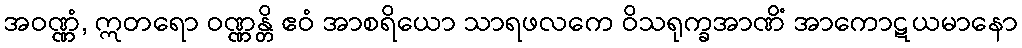
အဝဏ္ဏံ, ဣတရော ဝဏ္ဏန္တိ ဧဝံ အာစရိယော သာရဖလကေ ဝိသရုက္ခအာဏိံ အာကောဋယမာနော